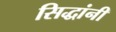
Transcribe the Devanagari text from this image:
सिद्धांनी